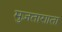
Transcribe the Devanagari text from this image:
मुज़ताग़ाता